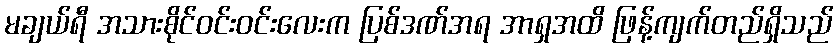
မချယ်ရီ အသားစိုင်ဝင်းဝင်းလေးက ပြစ်ဒဏ်အရ အာရှအထိ ဖြန့်ကျက်တည်ရှိသည်